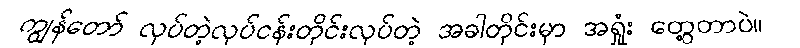
ကျွန်တော် လုပ်တဲ့လုပ်ငန်းတိုင်းလုပ်တဲ့ အခါတိုင်းမှာ အရှုံး တွေ့တာပဲ။